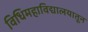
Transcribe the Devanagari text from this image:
विधिमहाविद्यालयातून